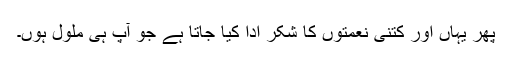
پھر یہاں اور کتنی نعمتوں کا شکر ادا کیا جاتا ہے جو آپ ہی ملول ہوں۔